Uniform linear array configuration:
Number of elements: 8
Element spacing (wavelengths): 0.75
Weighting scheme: exponential
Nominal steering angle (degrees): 15
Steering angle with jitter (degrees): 14.33
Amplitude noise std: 0.05
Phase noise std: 0.05

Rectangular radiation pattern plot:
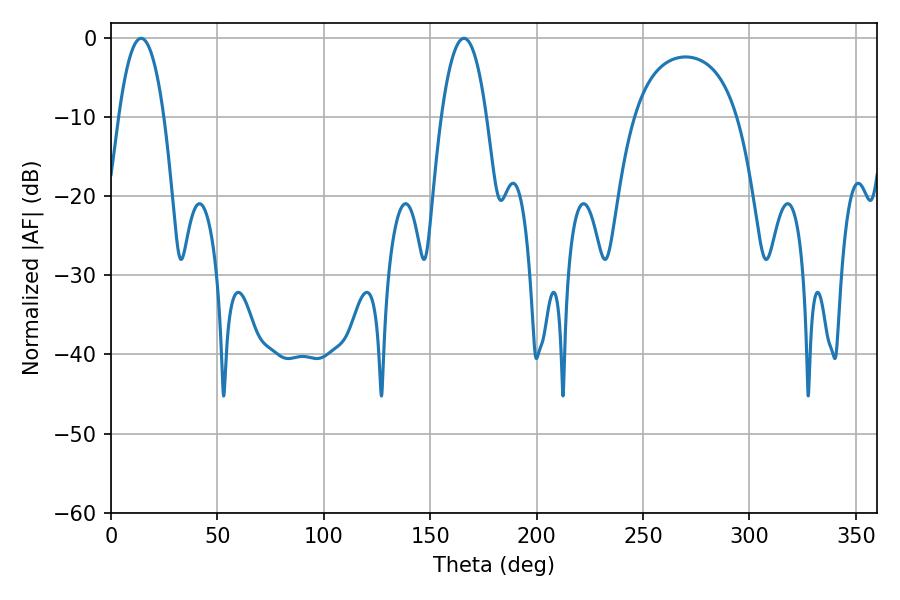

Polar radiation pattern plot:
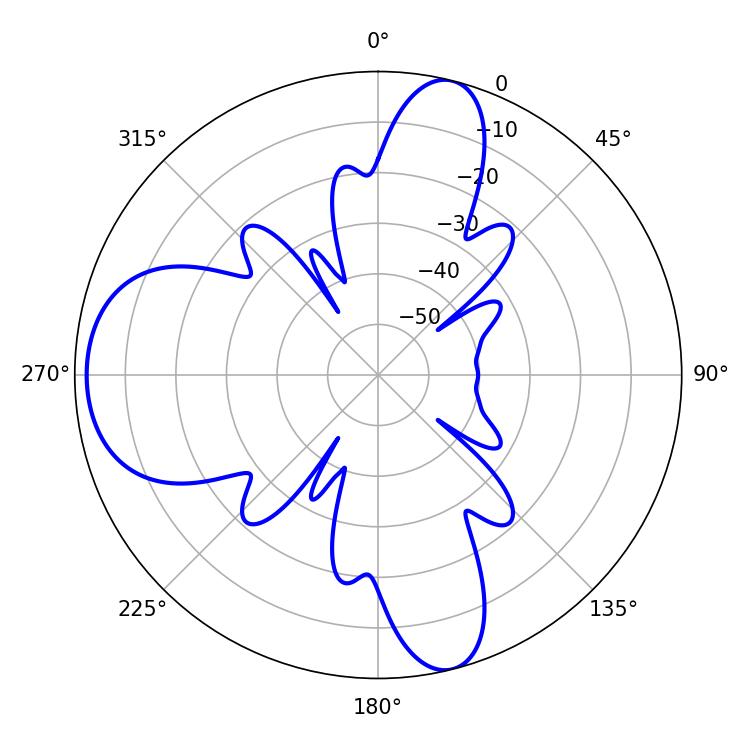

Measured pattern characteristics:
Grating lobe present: TRUE
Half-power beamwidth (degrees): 11.7
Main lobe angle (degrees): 14.22